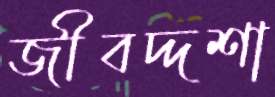
জীবদ্দশা